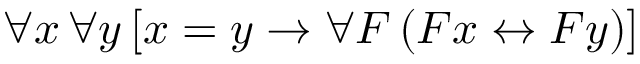
\forall x \, \forall y \, [ x = y \rightarrow \forall F \, ( F x \leftrightarrow F y ) ]